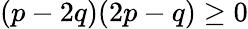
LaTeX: (p-2q)(2p-q)\geq 0